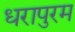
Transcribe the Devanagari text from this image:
धरापुरम